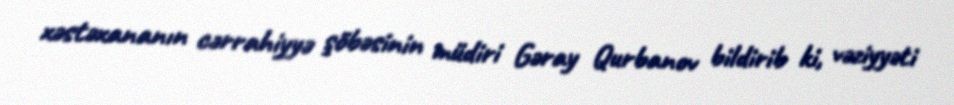
xəstəxananın cərrahiyyə şöbəsinin müdiri Gəray Qurbanov bildirib ki, vəziyyəti